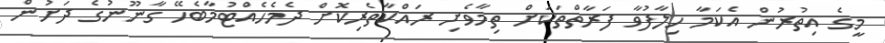
މީގެ އިތުރުން އެކަމާ ހިލާފުވާ ފަރާތްތަކަށް ތިމާވެށި ރައްކާތެރިކޮށް ދެމެހެއްޓުމާބެހޭ ގާނޫނުގެ ދަށުން